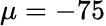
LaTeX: \mu=-75